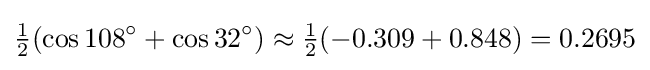
{\tfrac {1}{2}}(\cos 108^{\circ }+\cos 32^{\circ })\approx {\tfrac {1}{2}}(-0.309+0.848)=0.2695